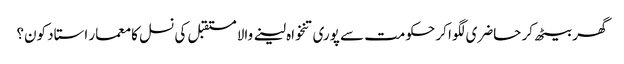
گھر بیٹھ کر حاضری لگوا کر حکومت سے پوری تنخواہ لینے والا مستقبل کی نسل کا معمار استاد کون؟